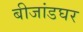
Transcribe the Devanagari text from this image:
बीजांडघर